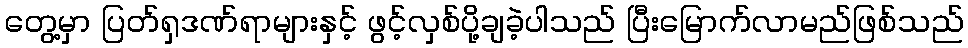
တွေ့မှာ ပြတ်ရှဒဏ်ရာများနှင့် ဖွင့်လှစ်ပို့ချခဲ့ပါသည် ပြီးမြောက်လာမည်ဖြစ်သည်